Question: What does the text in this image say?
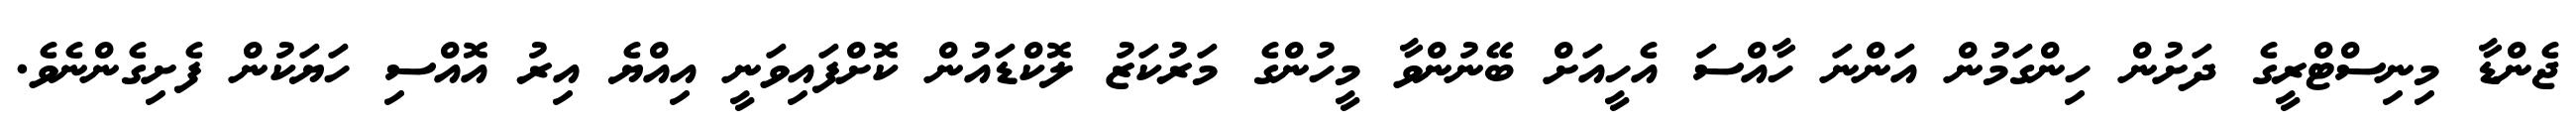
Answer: ޖެންޑާ މިނިސްޓްރީގެ ދަށުން ހިންގަމުން އަންނަ ހާއްސަ އެހީއަށް ބޭނުންވާ މީހުންގެ މަރުކަޒު ލޮކްޑައުން ކޮށްފައިވަނީ އިއްޔެ އިރު އޮއްސި ހަޔަކުން ފެށިގެންނެވެ.